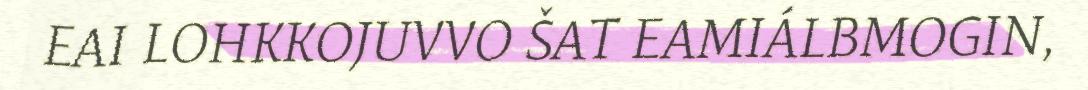
EAI LOHKKOJUVVO ŠAT EAMIÁLBMOGIN,